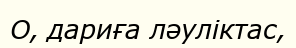
О, дариға ләуліктас,